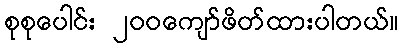
စုစုပေါင်း ၂၀၀ကျော်ဖိတ်ထားပါတယ်။